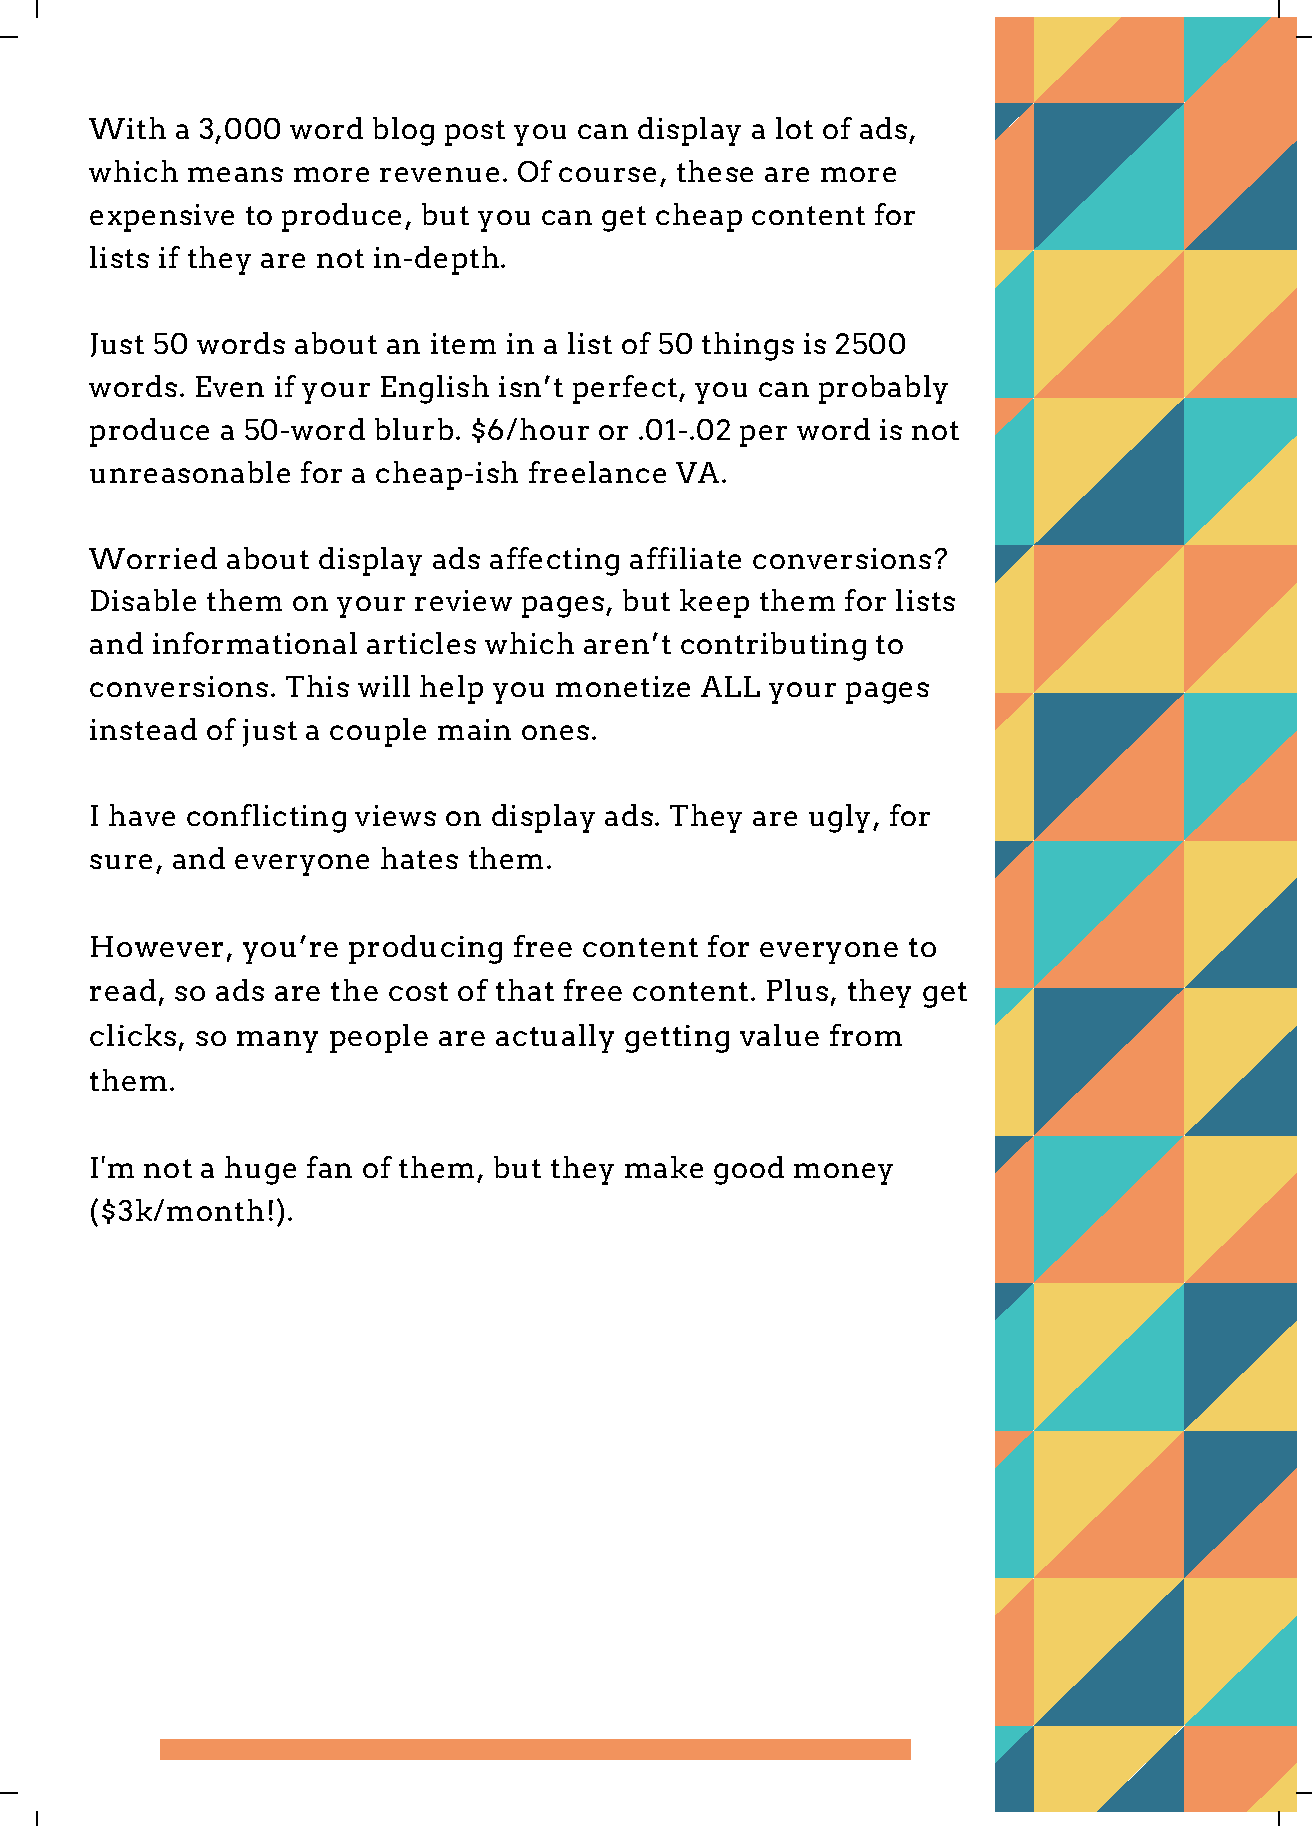
With  a 3,000 word blog post you can display a lot of ads,
 which means  more  revenue. Of course, these are more
 expensive to produce, but you can get cheap content for
 lists if they are not in-depth.
 Just 50 words about an item in a list of 50 things is 2500
 words. Even if your English isn’t perfect, you can probably
 produce  a 50-word blurb. $6/hour or .01-.02 per word is not
 unreasonable  for a cheap-ish freelance VA.
 Worried  about display ads affecting affiliate conversions?
 Disable them on your review pages, but keep them  for lists
 and informational articles which aren’t contributing to
 conversions. This will help you monetize ALL your pages
 instead of just a couple main ones.
 I have conflicting views on display ads. They are ugly, for
 sure, and everyone hates them.
 However,  you’re producing  free content for everyone to
 read, so ads are the cost of that free content. Plus, they get
 clicks, so many people are actually getting value from
 them.
 I'm not a huge fan of them, but they make good money
 ($3k/month!).